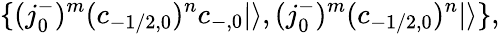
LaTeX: \{ (j_{0}^{-})^{m}(c_{-1/2,0})^{n}c_{-,0}|\rangle,(j_{0}^{-})^{m}(c_{-1/2,0})^{n}|\rangle\} ,